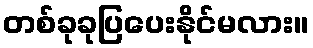
တစ်ခုခုပြပေးနိုင်မလား။